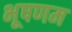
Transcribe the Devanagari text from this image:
भूषणम